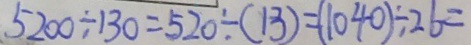
5 2 0 0 \div 1 3 0 = 5 2 0 \div ( 1 3 ) = ( 1 0 4 0 ) \div 2 6 =